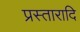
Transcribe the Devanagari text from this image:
प्रस्तारादि